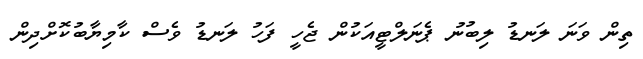
ތިން ވަނަ ލަނޑު ލިބުނު ޕެނަލްޓީއަކުން ޖެހީ ފަހު ލަނޑު ވެސް ކާމިޔާބުކޮށްދިން